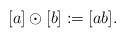
LaTeX: \begin{align*}[a]\odot [b]:=[ab]. \end{align*}